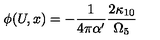
\phi ( U , x ) = - \frac { 1 } { 4 \pi \alpha ^ { \prime } } \frac { 2 \kappa _ { 1 0 } } { \Omega _ { 5 } }